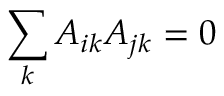
\sum _ { k } A _ { i k } A _ { j k } = 0